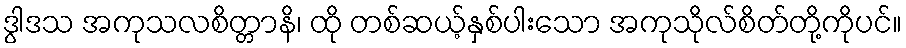
ဒွါဒသ အကုသလစိတ္တာနိ၊ ထို တစ်ဆယ့်နှစ်ပါးသော အကုသိုလ်စိတ်တို့ကိုပင်။